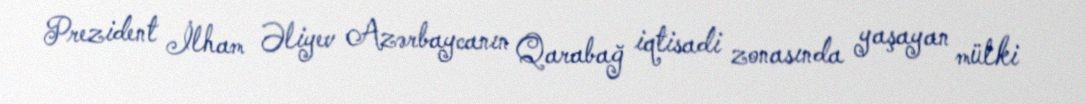
Prezident İlham Əliyev Azərbaycanın Qarabağ iqtisadi zonasında yaşayan mülki